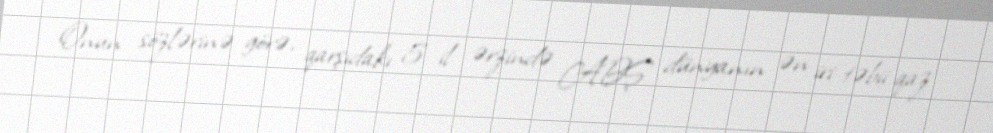
Onun sözlərinə görə, qarşıdakı 5 il ərzində ABŞ dünyanın ən iri təbii qaz